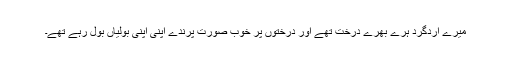
میرے اردگرد ہرے بھرے درخت تھے اور درختوں پر خوب صورت پرندے اپنی اپنی بولیاں بول رہے تھے۔